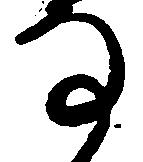
な